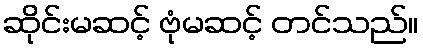
ဆိုင်းမဆင့် ဗုံမဆင့် တင်သည်။